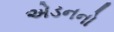
એડનનો